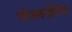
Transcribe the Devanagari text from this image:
पीपलखेडि़या